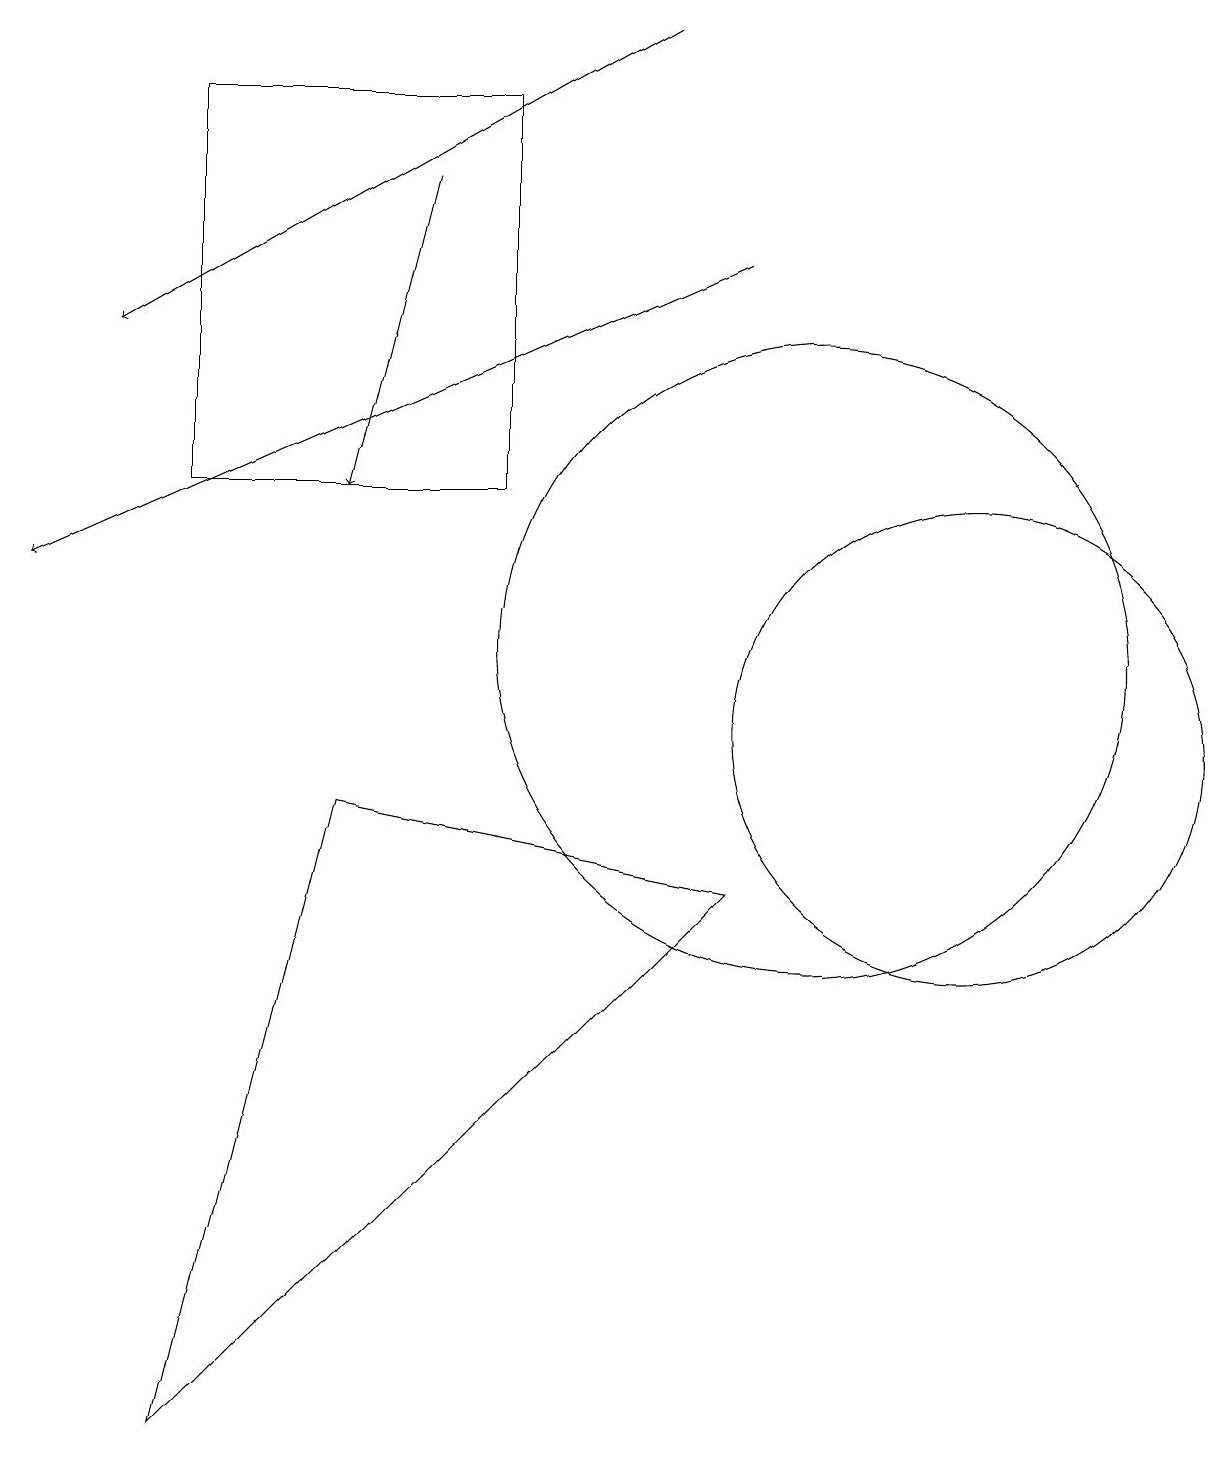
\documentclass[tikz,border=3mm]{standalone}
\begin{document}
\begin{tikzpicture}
\draw[->] (9,16) -- (0,12);
\draw (4,9) -- (2,1) -- (9,8) -- cycle;
\draw[->] (5,17) -- (4,13);
\draw (12,10) circle (3);
\draw[->] (8,19) -- (1,15);
\draw (6,18) rectangle (2,13);
\draw (10,11) circle (4);
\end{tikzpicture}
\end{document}